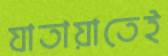
যাতায়াতেই